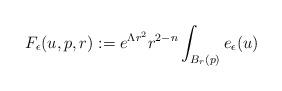
LaTeX: \begin{align*}F_{\epsilon}(u,p,r):=e^{\Lambda r^2}r^{2-n}\int_{B_r(p)}e_{\epsilon}(u)\end{align*}